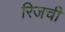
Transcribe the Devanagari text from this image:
रिजची